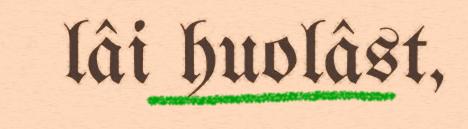
lâi huolâst,